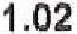
1.02